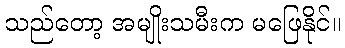
သည်တော့ အမျိုးသမီးက မဖြေနိုင်။